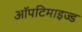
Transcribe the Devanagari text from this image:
ऑपटिमाइज्ड